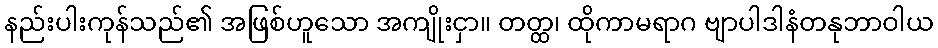
နည်းပါးကုန်သည်၏ အဖြစ်ဟူသော အကျိုးငှာ။ တတ္ထ၊ ထိုကာမရာဂ ဗျာပါဒါနံတနုဘာဝါယ